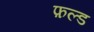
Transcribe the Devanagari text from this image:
फ़ल्ड